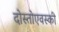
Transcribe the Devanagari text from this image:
दोस्तोएवस्की